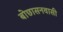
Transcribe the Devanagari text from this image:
बोछासनवासी